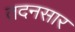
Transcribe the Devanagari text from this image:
तदनसार